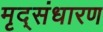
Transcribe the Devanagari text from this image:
मृद्‌संधारण